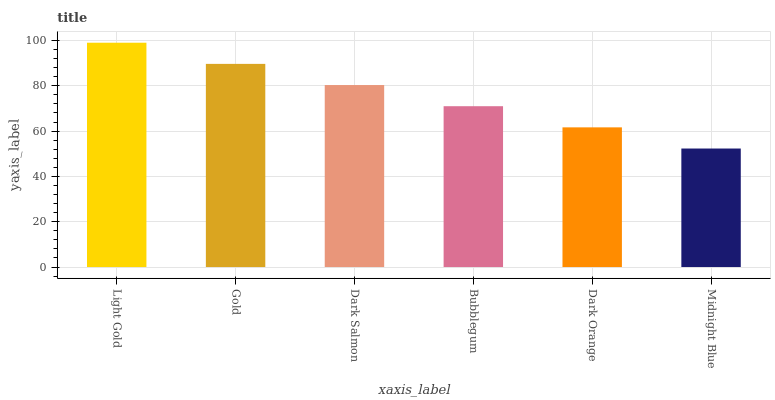
| xaxis_label | bars |
 | --- | --- |
 | Light Gold | 99 |
 | Gold | 89.7 |
 | Dark Salmon | 80.3 |
 | Bubblegum | 71 |
 | Dark Orange | 61.6 |
 | Midnight Blue | 52.3 |